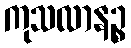
ကုသလာနဉ္စ